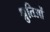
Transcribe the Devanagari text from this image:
श्रुतिओं